Lunatic asylums Burma 1907-21 - 1907-1921
Year: 1907
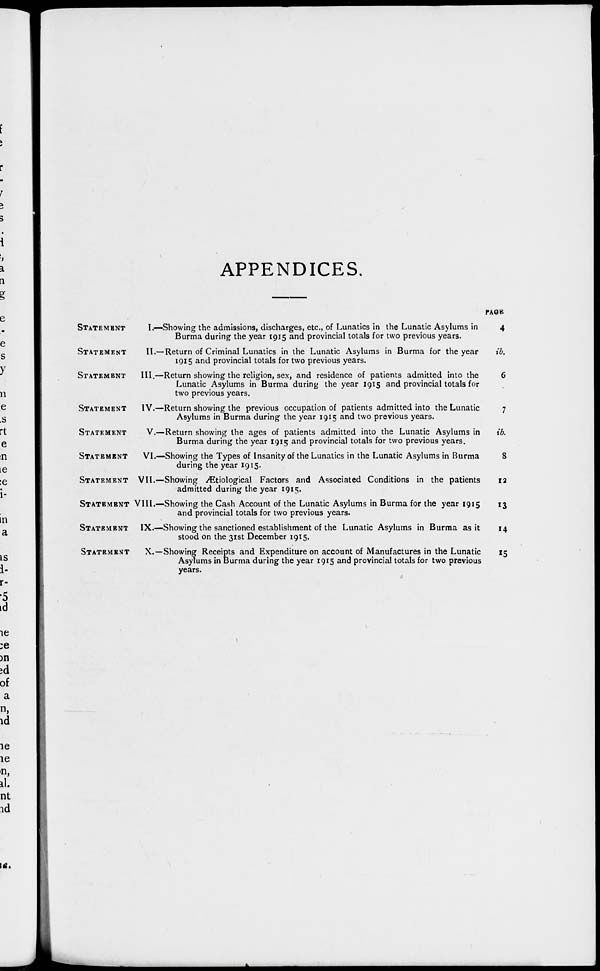
APPENDICES.
STATEMENT
I.—Showing the admissions, discharges, etc., of Lunatics in the Lunatic Asylums in
Burma during the year 1915 and provincial totals for two previous years.
STATEMENT
II.—Return of Criminal Lunatics in the Lunatic Asylums in Burma for the year
1915 and provincial totals for two previous years.
STATEMENT
III.—Return showing the religion, sex, and residence of patients admitted into the
Lunatic Asylums in Burma during the year 1915 and provincial totals for
two previous years.
STATEMENT
IV.—Return showing the previous occupation of patients admitted into the Lunatic
Asylums in Burma during the year 1915 and two previous years.
STATEMENT
V.—Return showing the ages of patients admitted into the Lunatic Asylums in
Burma during the year 1915 and provincial totals for two previous years.
STATEMENT
VI.—Showing the Types of Insanity of the Lunatics in the Lunatic Asylums in Burma
during the year 1915.
STATEMENT VII.—Showing Ætiological Factors and Associated Conditions in the patients
admitted during the year 1915.
STATEMENT VIII.—Showing the Cash Account of the Lunatic Asylums in Burma for the year 1915
and provincial totals for two previous years.
STATEMENT IX.—Showing the sanctioned establishment of the Lunatic Asylums in Burma as it
stood on the 31st December 1915.
STATEMENT
X.—Showing Receipts and Expenditure on account of Manufactures in the Lunatic
Asylums in Burma during the year 1915 and provincial totals for two previous
years.
PAGE
4
ib.
6
7
ib.
8
12
13
14
15